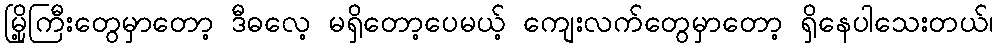
မြို့ကြီးတွေမှာတော့ ဒီဓလေ့ မရှိတော့ပေမယ့် ကျေးလက်တွေမှာတော့ ရှိနေပါသေးတယ်၊